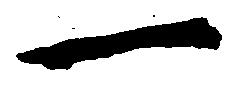
一